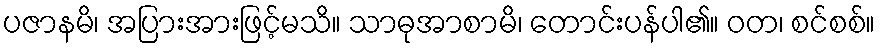
ပဇာနမိ၊ အပြားအားဖြင့်မသိ။ သာဓုအာစာမိ၊ တောင်းပန်ပါ၏။ ဝတ၊ စင်စစ်။